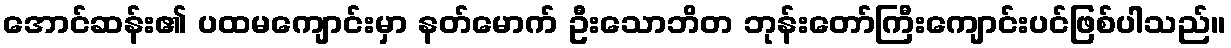
အောင်ဆန်း၏ ပထမကျောင်းမှာ နတ်မောက် ဦးသောဘိတ ဘုန်းတော်ကြီးကျောင်းပင်ဖြစ်ပါသည်။